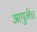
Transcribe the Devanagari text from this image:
आपुले।।